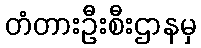
တံတားဦးစီးဌာနမှ